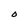
Character: O